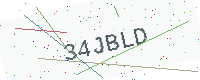
Text: 34JBLD